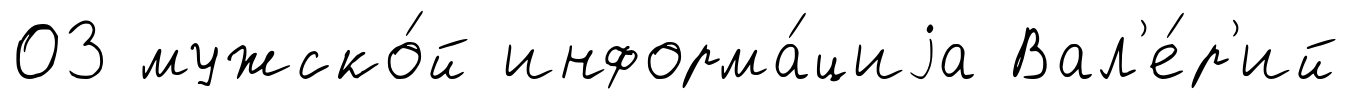
03 мужско́й информа́циjа Вал'е́р'ий